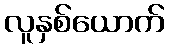
လူနှစ်ယောက်